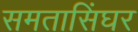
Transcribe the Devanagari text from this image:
समतासिंघर